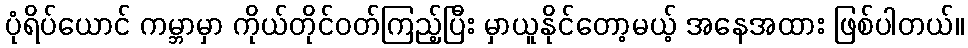
ပုံရိပ်ယောင် ကမ္ဘာမှာ ကိုယ်တိုင်ဝတ်ကြည့်ပြီး မှာယူနိုင်တော့မယ့် အနေအထား ဖြစ်ပါတယ်။